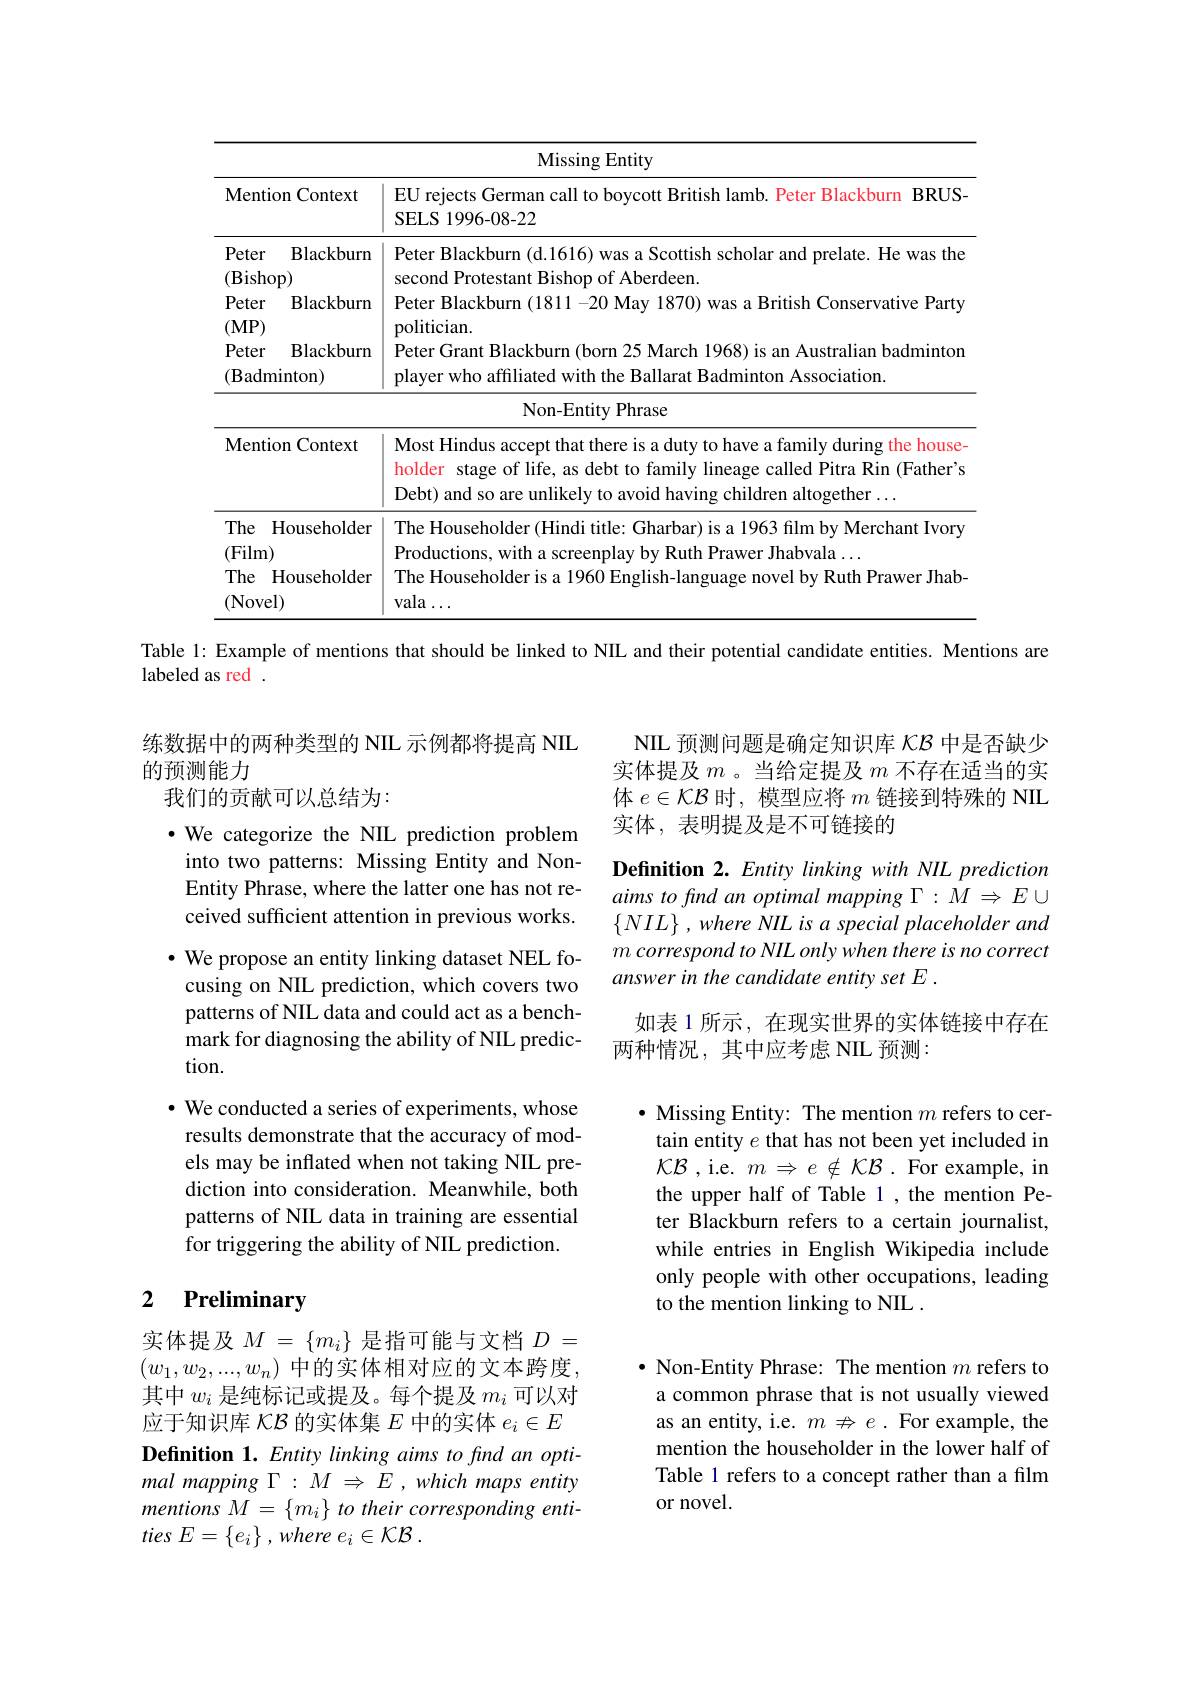
<table>
	<tbody>
		<tr>
			<th colspan="2">Missing Entity</th>
		</tr>
		<tr>
			<th>Mention Context</th>
			<th>EU rejects German call to boycott British lamb. Peter Blackburn BRUS- SELS 1996-08-22</th>
		</tr>
		<tr>
			<td>Peter $\operatorname{Blackburm}$ $(\mathbf{B}$ishop)</td>
			<td>Peter Blackburn (d.1616) was a Scottish scholar and prelate. He was the second Protestant Bishop of Aberdeen.</td>
		</tr>
		<tr>
			<td>Peter Blackburn $(\mathbf{MP})$</td>
			<td>Peter Blackburn (1811-20 May 1870) was a British Conservative Party politician</td>
		</tr>
		<tr>
			<td>$(\mathbf{MP}$ Peter Blackburn $(\mathbf{B}$adminton)</td>
			<td>polıtıcıan Peter Grant Blackburn (born 25 March 1968) is an Australian badminton player who affiliated with the Ballarat Badminton Association.</td>
		</tr>
		<tr>
			<td> </td>
			<td>Non-Entity Phrase</td>
		</tr>
		<tr>
			<td>Mention Context</td>
			<td>Most Hindus accept that there is a duty to have a family during the house holder r stage of life, as debt to family lineage called Pitra Rin (Father's Debt) and so are unlikely to avoid having children altogether ...</td>
		</tr>
		<tr>
			<td>The Householder (Film) The Householder (Novel)</td>
			<td>The Householder (Hindi title: Gharbar) is a 1963 film by Merchant Ivory Productions, with a screenplay by Ruth Prawer Jhabvala $\ldots$ The Householder is a 1960 English-language novel by Ruth Prawer Jhab vala .</td>
		</tr>
	</tbody>
</table>

Table 1: Example of mentions that should be linked to NIL and their potential candidate entities. Mentions are
labeled as red

NIL 预测问题是确定知识库$\kappa\mathcal{B}$中是否缺少实体提及$m$ 。当给定提及$m$不存在适当的实体$e\in\mathcal{K}\mathcal{B}$时，模型应将$m$链接到特殊的 NIL 实体，表明提及是不可链接的

Definition 2. Entity linking with NIL prediction aims to find an optimal mapping $\Gamma:M\Rightarrow E\cup$ $\{NIL\},whereNILisaspecialplaceholderand$ $m\textit{correspond to NIL only when there is no correct}$ answer in the candidate entity set E .

练数据中的两种类型的 NIL 示例都将提高 NIIL
的预测能力
我们的贡献可以总结为：
$\cdot$ We categorize the NIL prediction problem into two patterns: Missing Entity and NonEntity Phrase, where the latter one has not received sufficient attention in previous works. $\cdot$ We propose an entity linking dataset NEL focusing on NIL prediction, which covers two patterns of NIL data and could act as a benchmark for diagnosing the ability of NIL prediction.
$\cdot$ We conducted a series of experiments, whose results demonstrate that the accuracy of models may be inflated when not taking NIL prediction into consideration. Meanwhile, both patterns of NIL data in training are essential for triggering the ability of NIL prediction.

如表 1 所示 , 在现实世界的实体链接中存在
两种情况，其中应考虑 NIL 预测：

$\bullet$ Missing Entity: The mention $m$ refers to certain entity $e$ that has not been yet included in $\mathcal{K}\mathcal{B}$ , i.e. $m\Rightarrow e\notin\mathcal{K}\mathcal{B}.$ For example, in the upper half of Table 1 ,the mention Peter Blackburn refers to a certain journalist, while entries in English Wikipedia include only people with other occupations, leading to the mention linking to NIL .

## 2 Preliminary

$\bullet$ Non-Entity Phrase: The mention $m$ refers to a common phrase that is not usually viewed as an entity, i.e. $m\nRightarrow e.$ For example, the mention the householder in the lower half of Table 1 refers to a concept rather than a film or novel.

实体提及$M=\{m_i\}$ 是指可能与文档 $D=$ $(w_1,w_2,...,w_n)$中的实体相对应的文本跨度， 其中$w_i$是纯标记或提及。每个提及$m_i$可以对应于知识库$\mathcal{K}\mathcal{B}$的实体集$E$中的实体$e_i\in E$ Definition 1. Entity linking aims to find an optimal mapping $\Gamma:M$ $\Rightarrow E$ , which maps entity $mentions~M=\{m_{i}\}~to~their~corresponding~enti-$ ties $E= \left \{ e_{i}\right \} , where$ $e_{i}\in \mathcal{K} \mathcal{B}$ .